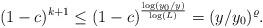
LaTeX: \begin{align*}(1-c)^{k+1}\leq(1-c)^{\frac{\log(y_0/y)}{\log(L)}}=(y/y_0)^\varrho.\end{align*}